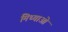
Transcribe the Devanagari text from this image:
मिथ्याओं